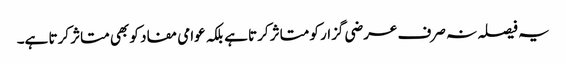
یہ فیصلہ نہ صرف عرضی گزار کو متاثر کرتا ہے بلکہ عوامی مفاد کو بھی متاثر کرتا ہے۔